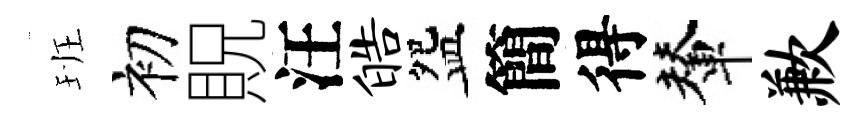
班初貺汪皓盌簡得輦歉